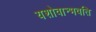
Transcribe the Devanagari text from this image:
यशोवान्भवति